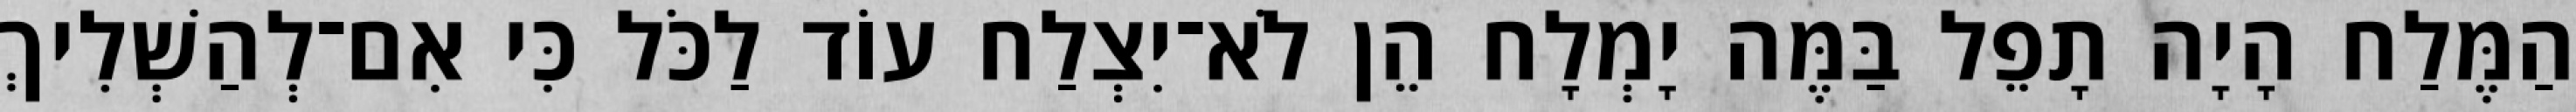
הַמֶּלַח הָיָה תָפֵל בַּמֶּה יָמְלָח הֵן לֹא־יִצְלַח עוֹד לַכֹּל כִּי אִם־לְהַשְׁלִיךְ